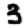
Digit: 3